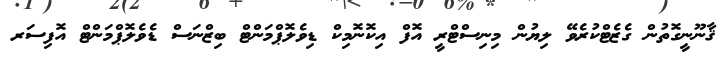
ޤާނޫނީގޮތުން ގެޒެޓްކުރެވޭ ލިޔުން މިނިސްޓްރީ އޮފް އިކޮނޮމިކް ޑިވެލޮޕްމަންޓް ބިޒްނަސް ޑެވެލޮޕްމަންޓް އޮފިސަރ